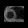
Digit: ၈